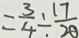
= \frac { 3 } { 4 } \div \frac { 1 7 } { 2 0 }